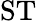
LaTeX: \mathrm{ST}